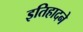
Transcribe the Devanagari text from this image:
इतिहादने